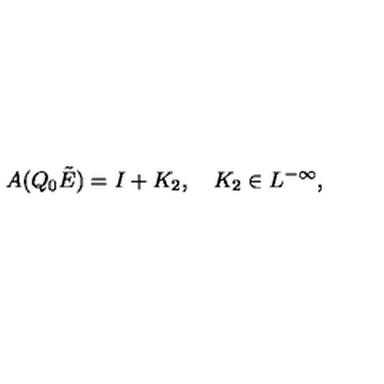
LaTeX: A ( Q _ { 0 } \tilde { E } ) = I + K _ { 2 } , \quad K _ { 2 } \in L ^ { - \infty } ,